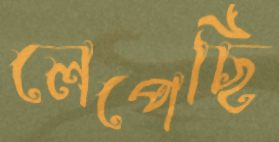
লেপেছি